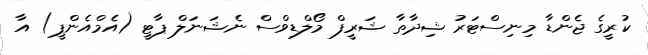
ކުރީގެ ޖެންޑާ މިނިސްޓަރު ޝިދާތާ ޝަރީފް މޯލްޑިވްސް ނެޝަނަލް ޕާޓީ (އެމްއެންޕީ) އާ